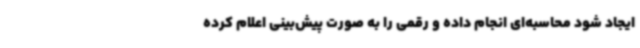
ایجاد شود محاسبه‌ای انجام داده و رقمی را به‌ صورت پیش‌بینی اعلام کرده